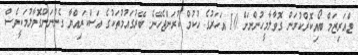
ޓްއަރިޒަމް ބޯއިކޮޜްކުރަން ގޮވާލާމީހުންނަށް 10 އަހަރުގެ ހުކުމް ކުރަންޖެހޭނެ. ބޭރުގައުމުތަކުގެ އަސްކަރިއްޔާ ގެންނަންގޮވާލުމަކީވެސް